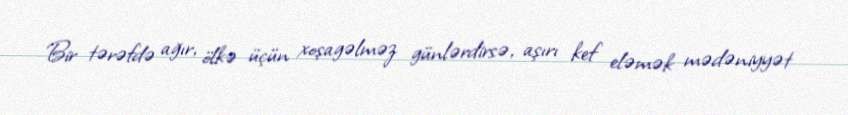
Bir tərəfdə ağır, ölkə üçün xoşagəlməz günlərdirsə, aşırı kef eləmək mədəniyyət